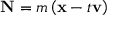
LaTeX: \mathbf { N } = m \left( \mathbf { x } - t \mathbf { v } \right)